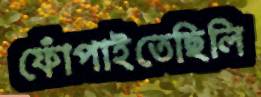
ফোঁপাইতেছিলি